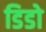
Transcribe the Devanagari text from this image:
डिडो